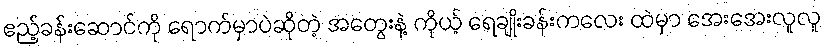
ဧည့်ခန်းဆောင်ကို ရောက်မှာပဲဆိုတဲ့ အတွေးနဲ့ ကိုယ့် ရေချိုးခန်းကလေး ထဲမှာ အေးအေးလူလူ